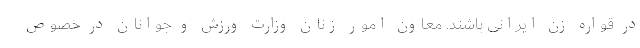
در قواره زن ایرانی باشند. معاون امور زنان وزارت ورزش و جوانان در خصوص